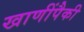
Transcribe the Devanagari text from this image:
खाणींपैकी